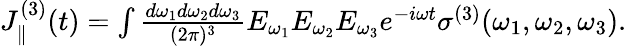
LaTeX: \begin{array}{r}{J_{\parallel}^{(3)}(t)=\int\frac{d\omega_{1}d\omega_{2}d\omega_{3}}{(2\pi)^{3}}E_{\omega_{1}}E_{\omega_{2}}E_{\omega_{3}}e^{-i\omega t}\sigma^{(3)}(\omega_{1},\omega_{2},\omega_{3}).}\end{array}